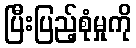
ပြီးပြည့်စုံမှုကို